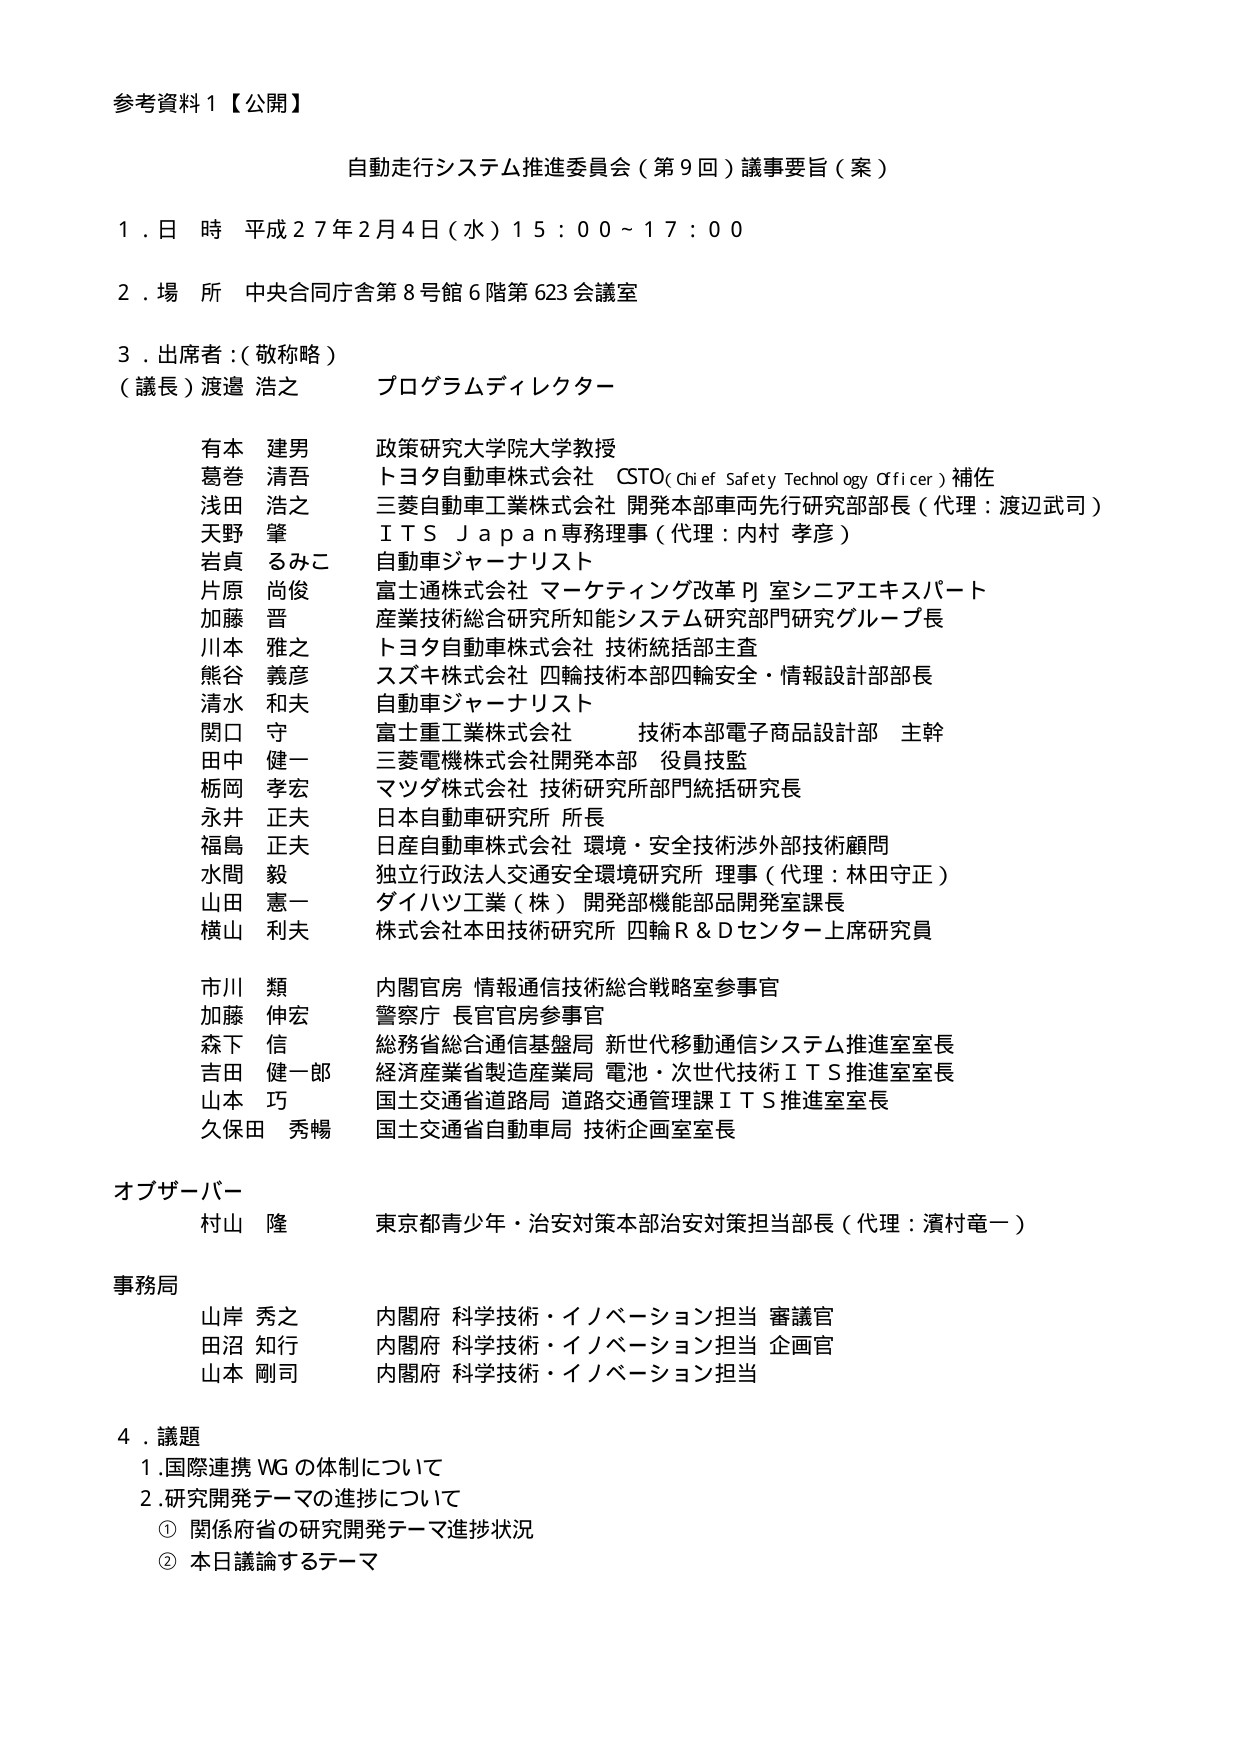
参考資料１【公開】

自動走行システム推進委員会（第９回）議事要旨（案）

１．日 時 平成２７年２月４日（水）１５：００～１７：００

２．場 所 中央合同庁舎第８号館６階第６２３会議室

３．出席者：（敬称略）

（議長）渡邉 浩之 プログラムディレクター

有本 建男 政策研究大学院大学教授
葛巻 清吾 トヨタ自動車株式会社 CSTO（Chief Safety Technology Officer）補佐
浅田 浩之 三菱自動車工業株式会社 開発本部車両先行研究部部長（代理：渡辺武司）
天野 肇 ＩＴＳ Ｊａｐａｎ専務理事（代理：内村 孝彦）
岩貞 るみこ 自動車ジャーナリスト
片原 尚俊 富士通株式会社 マーケティング改革PJ室シニアエキスパート
加藤 晋 産業技術総合研究所知能システム研究部門研究グループ長
川本 雅之 トヨタ自動車株式会社 技術統括部主査
熊谷 義彦 スズキ株式会社 四輪技術本部四輪安全・情報設計部部長
清水 和夫 自動車ジャーナリスト
関口 守 富士重工業株式会社 技術本部電子商品設計部 主幹
田中 健一 三菱電機株式会社開発本部 役員技監
栃岡 孝宏 マツダ株式会社 技術研究所部門統括研究長
永井 正夫 日本自動車研究所 所長
福島 正夫 日産自動車株式会社 環境・安全技術渉外部技術顧問
水間 毅 独立行政法人交通安全環境研究所 理事（代理：林田守正）
山田 憲一 ダイハツ工業（株） 開発部機能部品開発室課長
横山 利夫 株式会社本田技術研究所 四輪Ｒ＆Ｄセンター上席研究員

市川 類 内閣官房 情報通信技術総合戦略室参事官
加藤 伸宏 警察庁 長官官房参事官
森下 信 総務省総合通信基盤局 新世代移動通信システム推進室室長
吉田 健一郎 経済産業省製造産業局 電池・次世代技術ＩＴＳ推進室室長
山本 巧 国土交通省道路局 道路交通管理課ＩＴＳ推進室室長
久保田 秀暢 国土交通省自動車局 技術企画室室長

オブザーバー
村山 隆 東京都青少年・治安対策本部治安対策担当部長（代理：濱村竜一）

事務局
山岸 秀之 内閣府 科学技術・イノベーション担当 審議官
田沼 知行 内閣府 科学技術・イノベーション担当 企画官
山本 剛司 内閣府 科学技術・イノベーション担当

４．議題
１．国際連携ＷＧの体制について
２．研究開発テーマの進捗について
　① 関係府省の研究開発テーマ進捗状況
　② 本日議論するテーマ